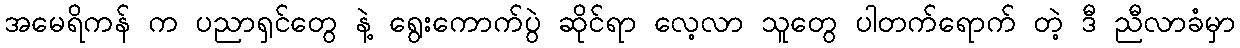
အမေရိကန် က ပညာရှင်တွေ နဲ့ ရွေးကောက်ပွဲ ဆိုင်ရာ လေ့လာ သူတွေ ပါတက်ရောက် တဲ့ ဒီ ညီလာခံမှာ